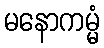
မနောကမ္မံ